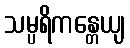
သမ္ပရိကန္တေယျ